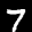
Label: 7